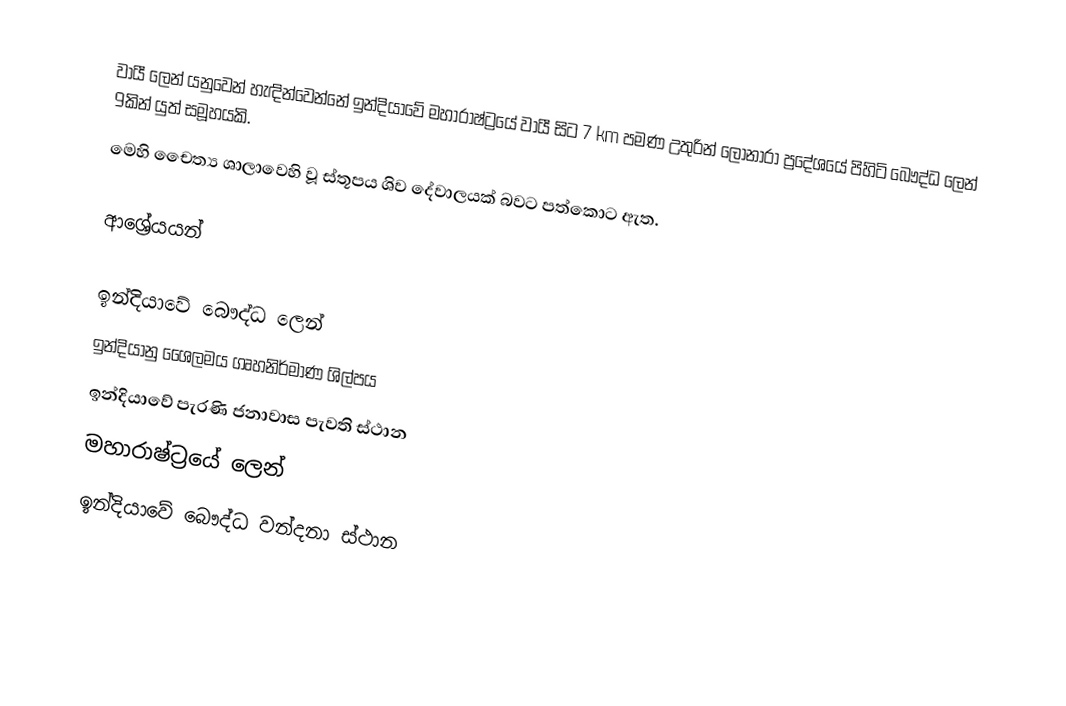
වායී ලෙන් යනුවෙන් හැඳින්වෙන්නේ ඉන්දියාවේ මහාරාෂ්ට්‍රයේ වායී සිට 7 km පමණ උතුරින් ලෝනාරා ප්‍රදේශයේ පිහිටි බෞද්ධ ලෙන් 9කින් යුත් සමූහයකි.
මෙහි චෛත්‍ය ශාලාවෙහි වූ ස්තූපය ශිව දේවාලයක් බවට පත්කොට ඇත.

ආශ්‍රේයයන්

ඉන්දියාවේ බෞද්ධ ලෙන්
ඉන්දියානු ශෛලමය ගෘහනිර්මාණ ශිල්පය
ඉන්දියාවේ පැරණි ජනාවාස පැවති ස්ථාන
මහාරාෂ්ට්‍රයේ ලෙන්
ඉන්දියාවේ බෞද්ධ වන්දනා ස්ථාන